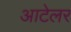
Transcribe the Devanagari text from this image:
आटेलर